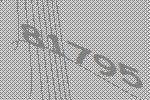
81795